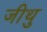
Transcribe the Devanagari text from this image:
जीथु